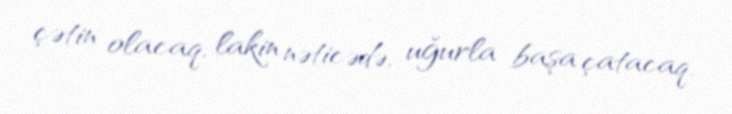
çətin olacaq, lakin nəticədə, uğurla başa çatacaq.